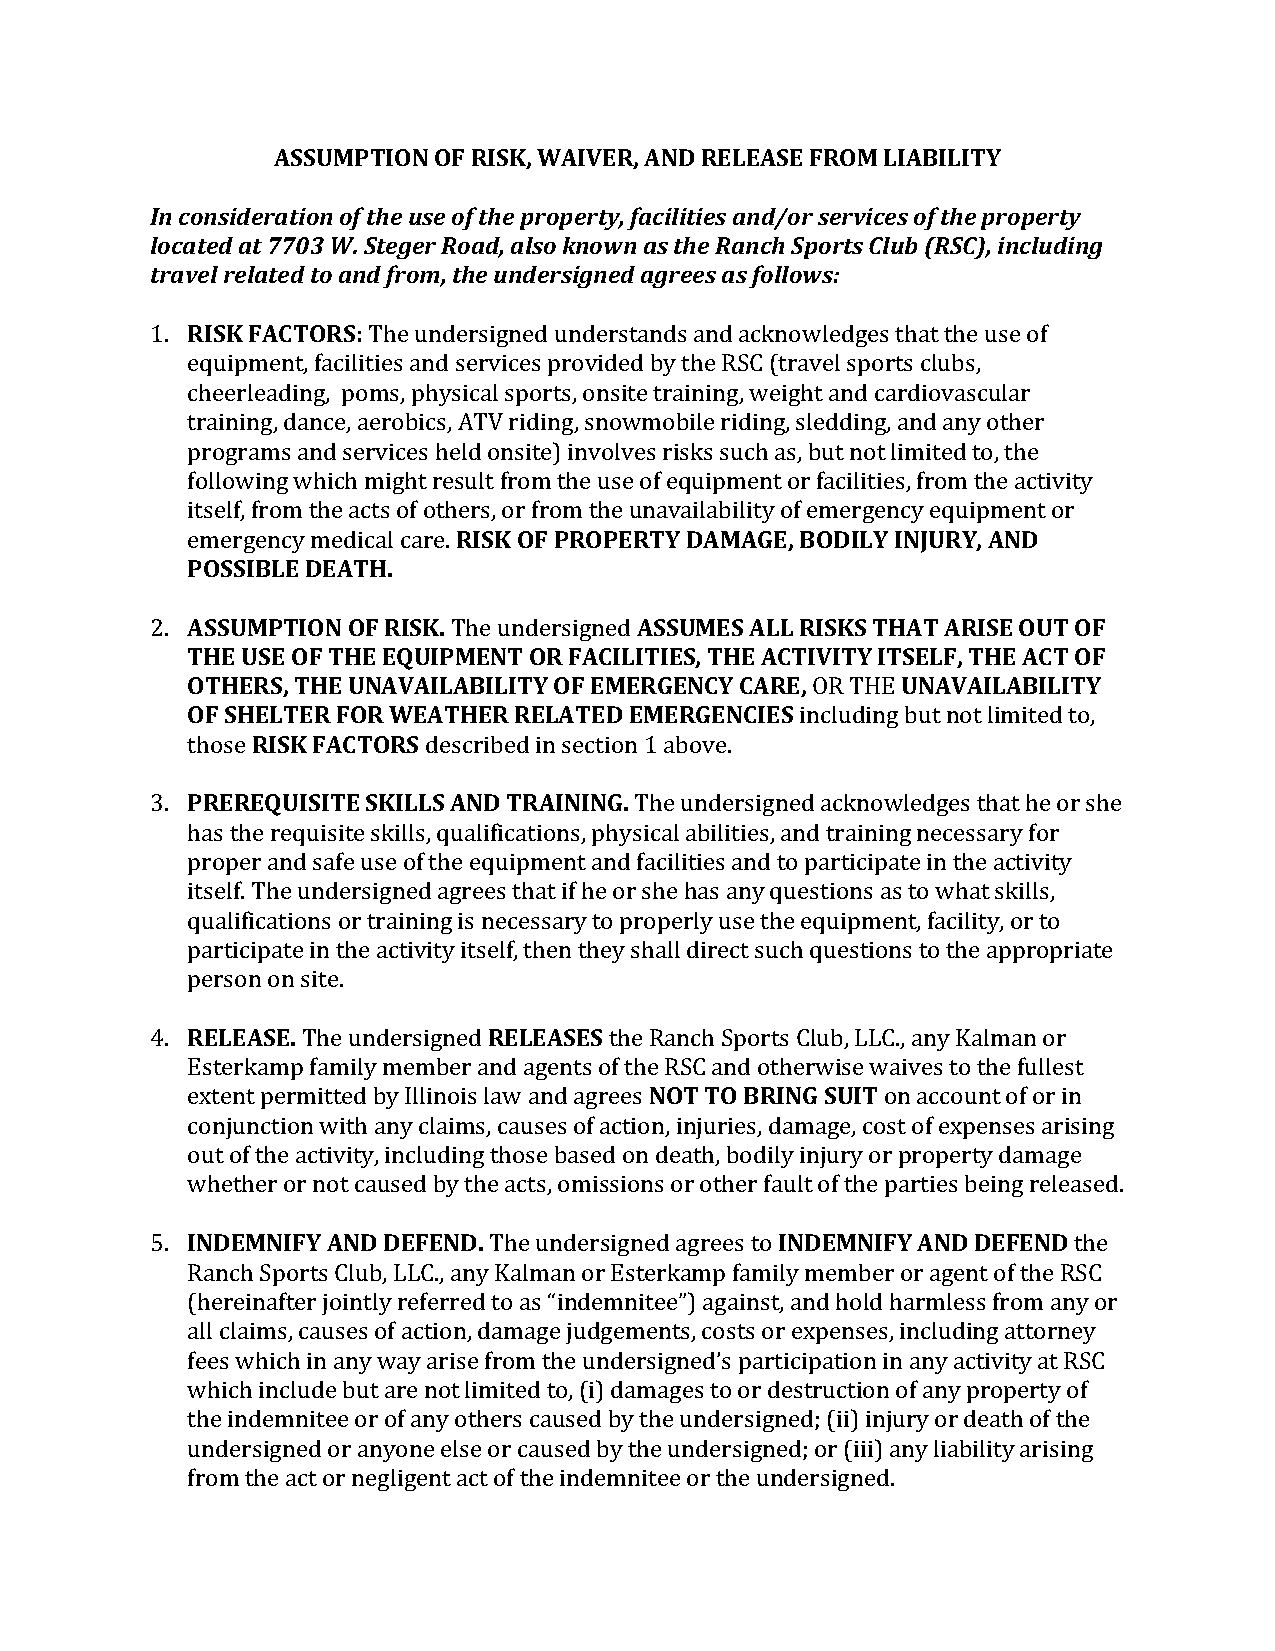
ASSUMPTION OF RISK, WAIVER, AND RELEASE FROM LIABILITY
 In consideration of the use of the property, facilities and/or services of the property
 located at 7703 W. Steger Road, also known as the Ranch Sports Club (RSC), including
 travel related to and from, the undersigned agrees as follows:
 1. RISK FACTORS: The undersigned understands and acknowledges that the use of
 equipment, facilities and services provided by the RSC (travel sports clubs,
 cheerleading, poms, physical sports, onsite training, weight and cardiovascular
 training, dance, aerobics, ATV riding, snowmobile riding, sledding, and any other
 programs and services held onsite) involves risks such as, but not limited to, the
 following which might result from the use of equipment or facilities, from the activity
 itself, from the acts of others, or from the unavailability of emergency equipment or
 emergency medical care. RISK OF PROPERTY DAMAGE, BODILY INJURY, AND
 POSSIBLE DEATH.
 2. ASSUMPTION OF RISK. The undersigned ASSUMES ALL RISKS THAT ARISE OUT OF
 THE USE OF THE EQUIPMENT OR FACILITIES, THE ACTIVITY ITSELF, THE ACT OF
 OTHERS, THE UNAVAILABILITY OF EMERGENCY CARE, OR THE UNAVAILABILITY
 OF SHELTER FOR WEATHER RELATED EMERGENCIES including but not limited to,
 those RISK FACTORS described in section 1 above.
 3. PREREQUISITE SKILLS AND TRAINING. The undersigned acknowledges that he or she
 has the requisite skills, qualifications, physical abilities, and training necessary for
 proper and safe use of the equipment and facilities and to participate in the activity
 itself. The undersigned agrees that if he or she has any questions as to what skills,
 qualifications or training is necessary to properly use the equipment, facility, or to
 participate in the activity itself, then they shall direct such questions to the appropriate
 person on site.
 4. RELEASE. The undersigned RELEASES the Ranch Sports Club, LLC., any Kalman or
 Esterkamp family member and agents of the RSC and otherwise waives to the fullest
 extent permitted by Illinois law and agrees NOT TO BRING SUIT on account of or in
 conjunction with any claims, causes of action, injuries, damage, cost of expenses arising
 out of the activity, including those based on death, bodily injury or property damage
 whether or not caused by the acts, omissions or other fault of the parties being released.
 5. INDEMNIFY AND DEFEND. The undersigned agrees to INDEMNIFY AND DEFEND the
 Ranch Sports Club, LLC., any Kalman or Esterkamp family member or agent of the RSC
 (hereinafter jointly referred to as “indemnitee”) against, and hold harmless from any or
 all claims, causes of action, damage judgements, costs or expenses, including attorney
 fees which in any way arise from the undersigned’s participation in any activity at RSC
 which include but are not limited to, (i) damages to or destruction of any property of
 the indemnitee or of any others caused by the undersigned; (ii) injury or death of the
 undersigned or anyone else or caused by the undersigned; or (iii) any liability arising
 from the act or negligent act of the indemnitee or the undersigned.